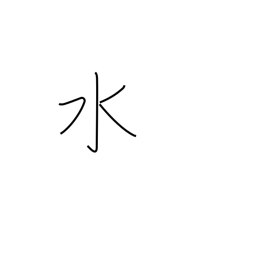
Meaning: water